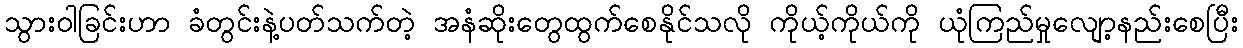
သွားဝါခြင်းဟာ ခံတွင်းနဲ့ပတ်သက်တဲ့ အနံဆိုးတွေထွက်စေနိုင်သလို ကိုယ့်ကိုယ်ကို ယုံကြည်မှုလျော့နည်းစေပြီး